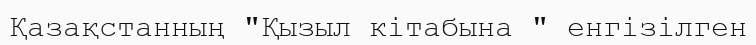
Қазақстанның "Қызыл кітабына " енгізілген